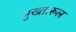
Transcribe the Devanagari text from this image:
मुख्तारूल